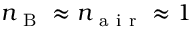
n _ { \mathrm { ~ B ~ } } \approx n _ { \mathrm { ~ a ~ i ~ r ~ } } \approx 1